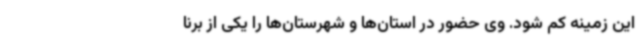
این زمینه کم شود. وی حضور در استان‌ها و شهرستان‌ها را یکی از برنا